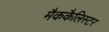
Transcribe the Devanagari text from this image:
मैककैलिस्टर